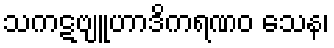
သကဋဗျူဟာဒိကရဏဝ သေန၊